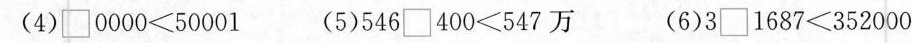
(4)□0000≤50001 (5)546□400≤547万 (6)3□1687≤352000